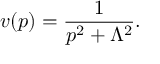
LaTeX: v ( p ) = { \frac { 1 } { p ^ { 2 } + \Lambda ^ { 2 } } } .